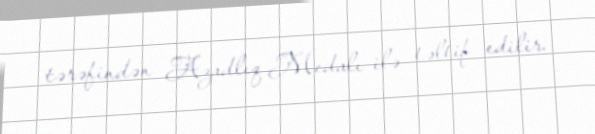
tərəfindən Azadlıq Medalı ilə təltif edilir.